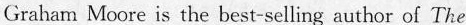
Graham Moore is the best-selling author of The